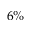
6 \%